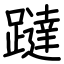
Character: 躂